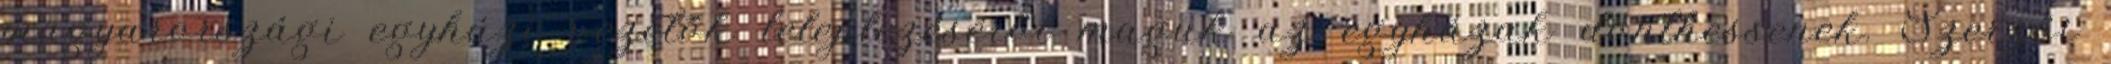
magyarországi egyházi vezetők leleplezéséről maguk az egyházak dönthessenek. Szerzői